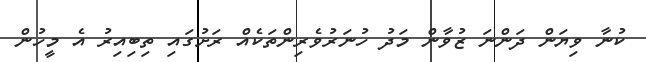
ކުނާ ވިޔަން ދަންނަ ޒުވާން މަދު ހުނަރުވެރިންތަކެއް ރަށުގައި ތިބިއިރު އެ މީހުން